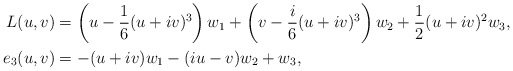
\begin{align*}L(u,v) &= \left(u-\frac 1 6 (u+i v)^{3}\right)w_1 + \left(v-\frac i 6 (u+i v)^{3}\right)w_2 + \frac 1 2 (u+i v)^{2} w_3,\\e_3(u,v) &= -(u+i v) w_1 - (i u-v) w_2 + w_3,\end{align*}